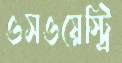
ওসওয়েস্ট্রি